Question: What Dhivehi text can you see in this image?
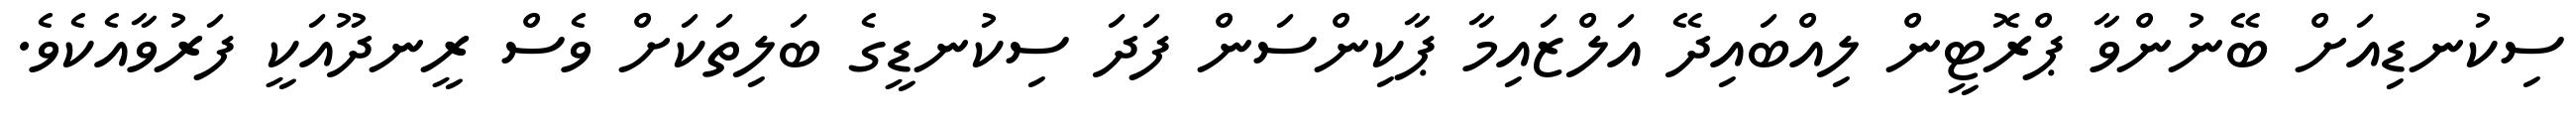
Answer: ސިކުނޑިއަށް ބޭނުންވާ ޕްރޮޓީން ލިއްބައިދޭ އަލްޒައިމާ ޕާކިންސަން ފަދަ ސިކުނޑީގެ ބަލިތަކަށް ވެސް ރީނދޫއަކީ ފަރުވާއެކެވެ.